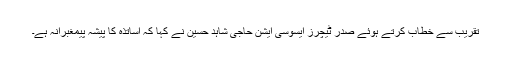
تقریب سے خطاب کرتے ہوئے صدر ٹیچرز ایسوسی ایشن حاجی شاہد حسین نے کہا کہ اساتذہ کا پیشہ پیمغبرانہ ہے۔